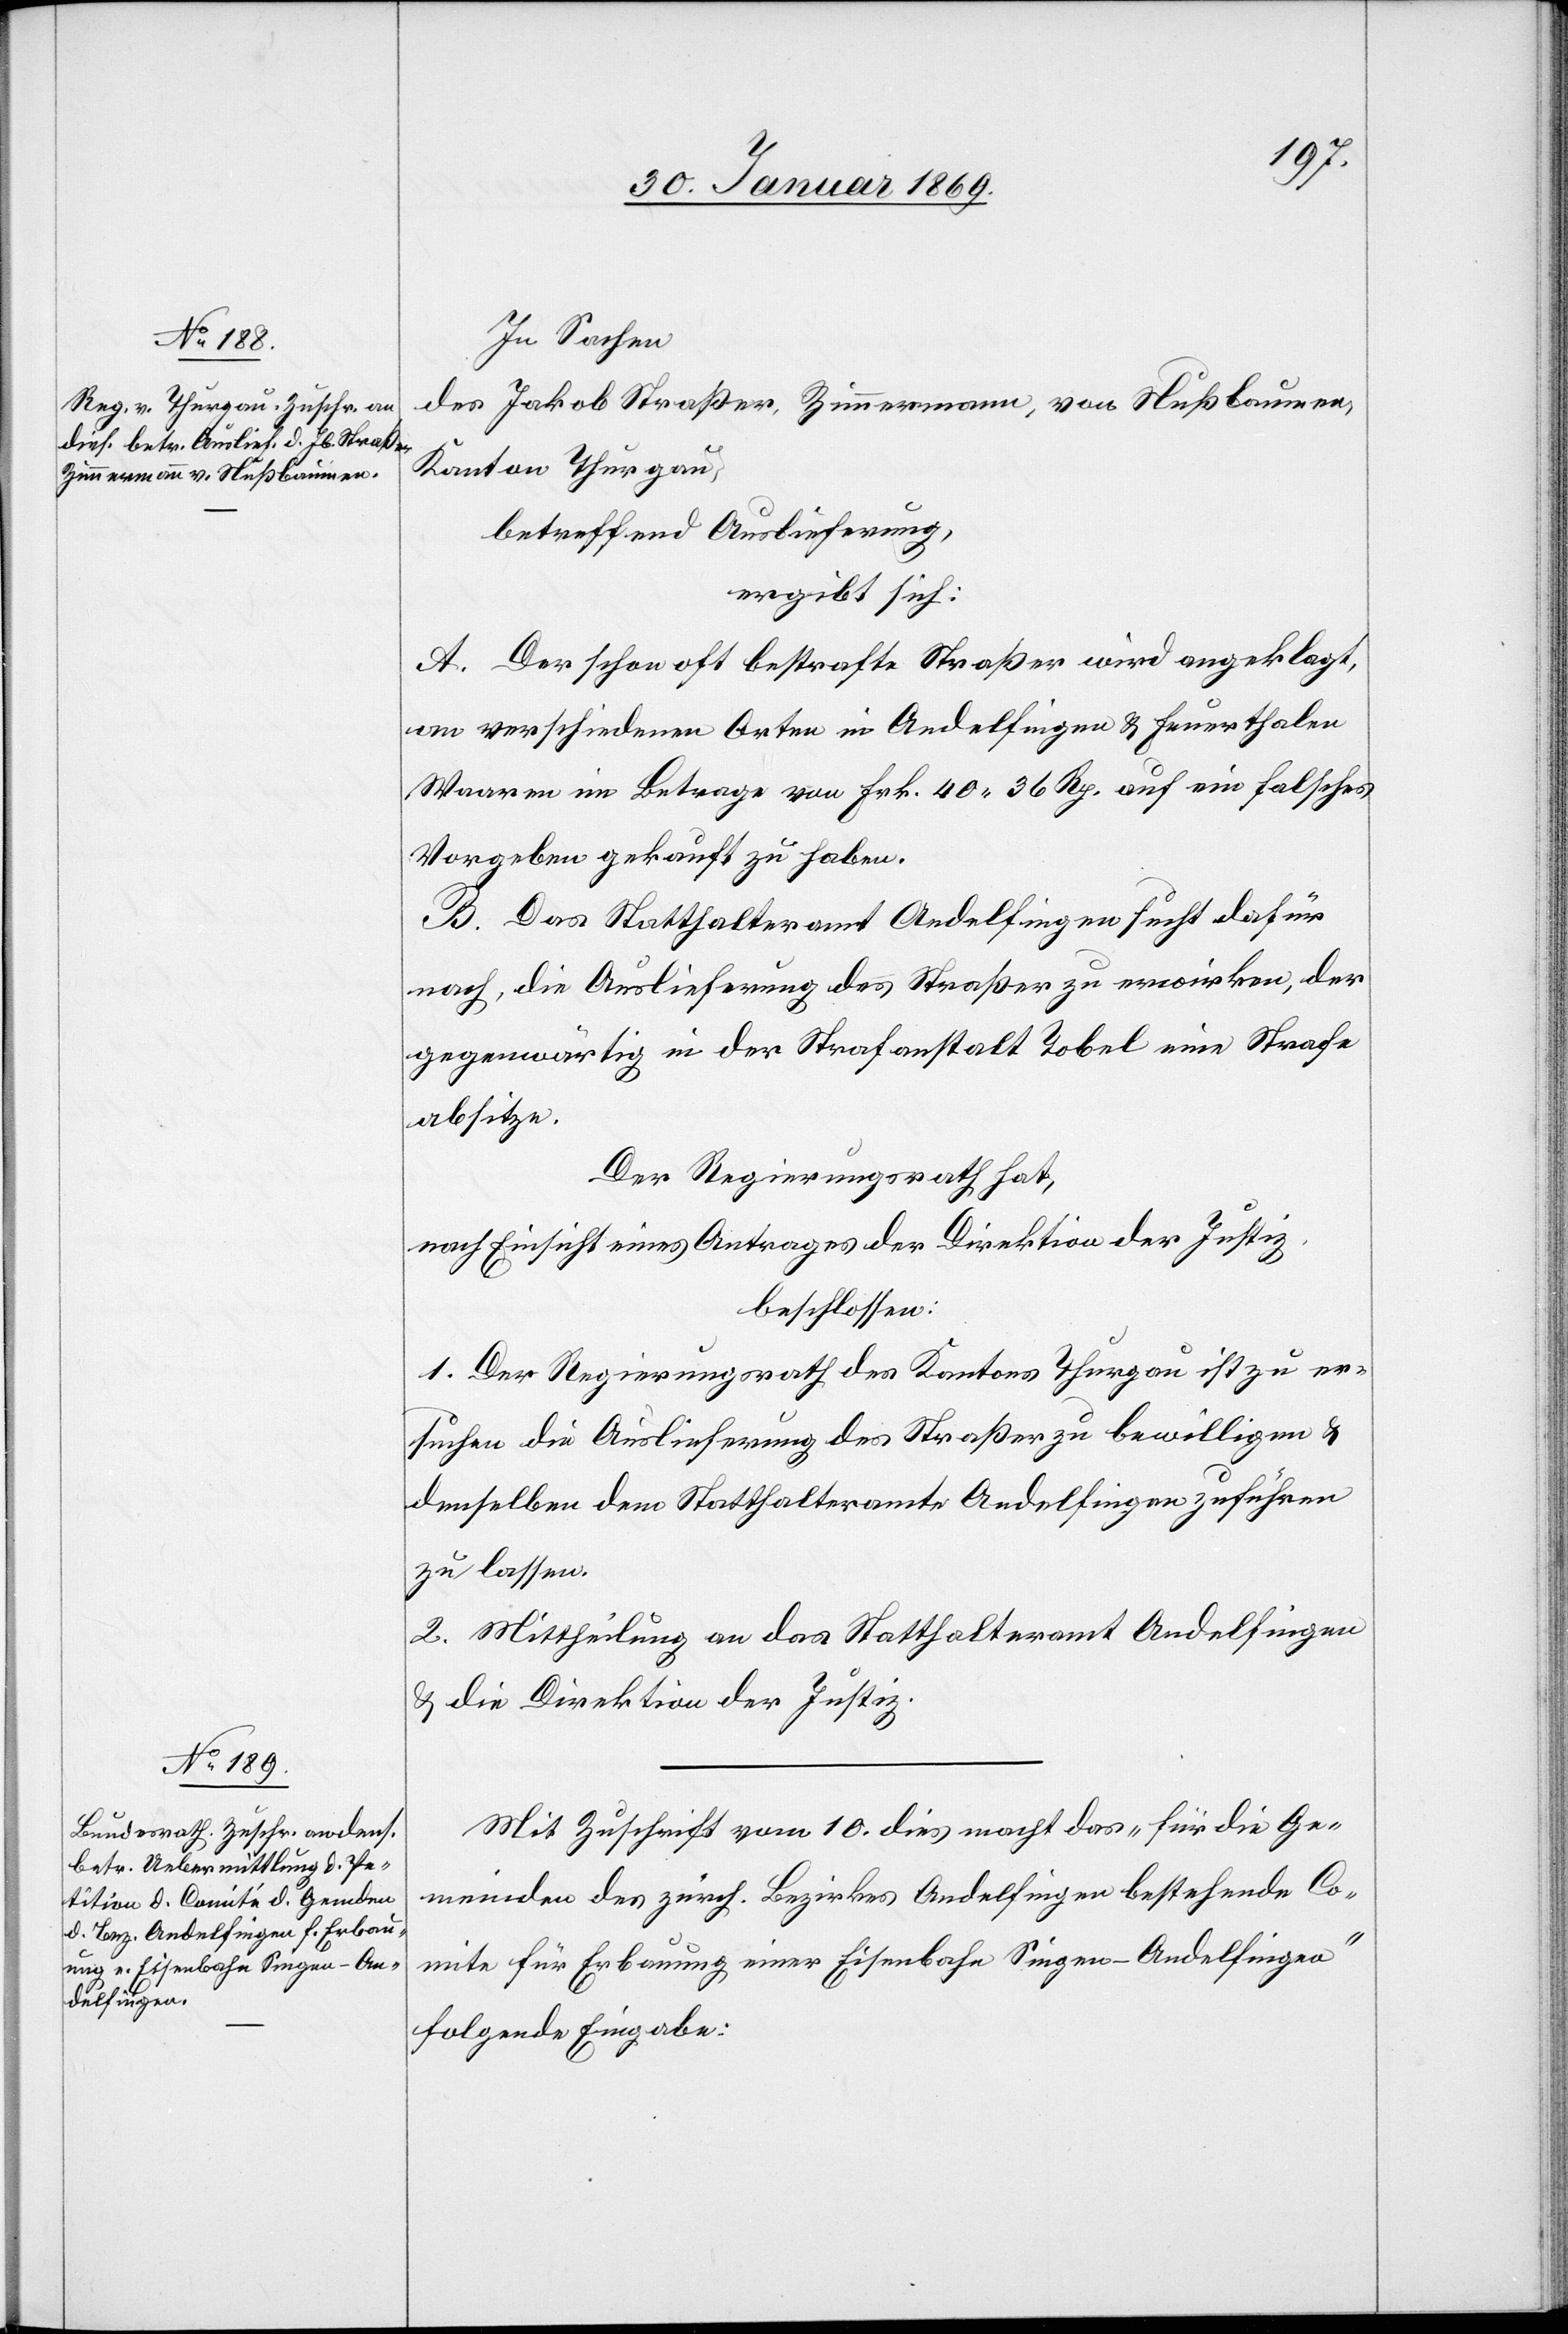
In Sachen
des Jakob Straßer, Zimmermann, von Nußbaumen,
Kanton Thurgau,
betreffend Auslieferung,
ergibt sich:
A. Der schon oft bestrafte Straßer wird angeklagt,
von verschiedenen Orten in Andelfingen u. Feuerthalen
Waaren im Betrage von Frk. 40.36 Rp. auf ein falsches
Vorgeben gekauft zu haben.
B. Das Statthalteramt Andelfingen sucht dafür
nach, die Auslieferung des Straßer zu erwirken, der
gegenwärtig in der Strafanstalt Tobel eine Strafe
absitze.
Der Regierungsrath hat,
nach Einsicht eines Antrages der Direktion der Justiz,
beschlossen:
1. Der Regierungsrath des Kantons Thurgau ist zu er¬
suchen die Auslieferung des Straßer zu bewilligen u.
denselben dem Statthalteramte Andelfingen zuführen
zu lassen.
2. Mittheilung an das Statthalteramt Andelfingen
u. die Direktion der Justiz.
Mit Zuschrift vom 10. dies macht das „für die Ge¬
meinden des zürch. Bezirkes Andelfingen bestehende Co¬
mite für Erbauung einer Eisenbahn Singen-Andelfingen“
folgende Eingabe: